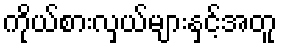
ကိုယ်စားလှယ်များနှင့်အတူ